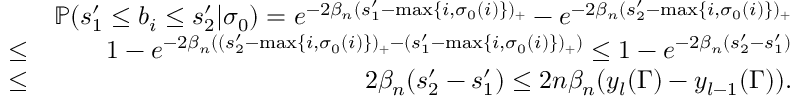
\begin{array} { r l r } & { } & { \mathbb { P } ( s _ { 1 } ^ { \prime } \leq b _ { i } \leq s _ { 2 } ^ { \prime } | \sigma _ { 0 } ) = e ^ { - 2 \beta _ { n } ( s _ { 1 } ^ { \prime } - \operatorname* { m a x } \{ i , \sigma _ { 0 } ( i ) \} ) _ { + } } - e ^ { - 2 \beta _ { n } ( s _ { 2 } ^ { \prime } - \operatorname* { m a x } \{ i , \sigma _ { 0 } ( i ) \} ) _ { + } } } \\ & { \leq } & { 1 - e ^ { - 2 \beta _ { n } ( ( s _ { 2 } ^ { \prime } - \operatorname* { m a x } \{ i , \sigma _ { 0 } ( i ) \} ) _ { + } - ( s _ { 1 } ^ { \prime } - \operatorname* { m a x } \{ i , \sigma _ { 0 } ( i ) \} ) _ { + } ) } \leq 1 - e ^ { - 2 \beta _ { n } ( s _ { 2 } ^ { \prime } - s _ { 1 } ^ { \prime } ) } } \\ & { \leq } & { 2 \beta _ { n } ( s _ { 2 } ^ { \prime } - s _ { 1 } ^ { \prime } ) \leq 2 n \beta _ { n } ( y _ { l } ( \Gamma ) - y _ { l - 1 } ( \Gamma ) ) . } \end{array}